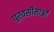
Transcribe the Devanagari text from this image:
पूर्वसीमाओं